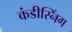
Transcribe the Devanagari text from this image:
कंडीस्निंग